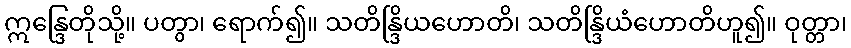
ဣန္ဒြေတိုသို့။ ပတွာ၊ ရောက်၍။ သတိန္ဒြိယဟောတိ၊ သတိန္ဒြိယံဟောတိဟူ၍။ ဝုတ္တာ၊